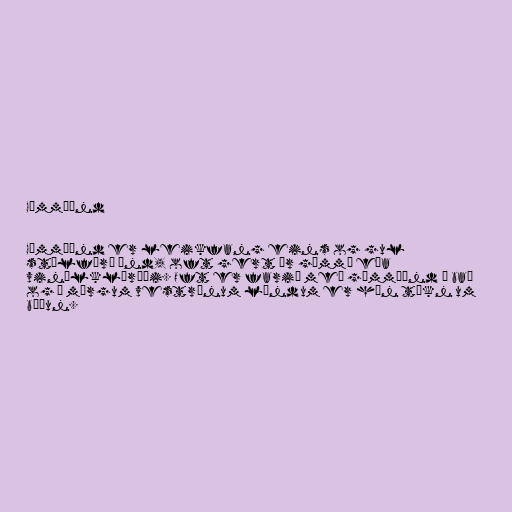
Gúmmíönd

Gúmmíönd er leikfang eins og gul
stílfærð önd, oft gert úr gúmmí eða
vinýlklóríði. Oft er farið með gúmmíönd í bað
og í mörgum vestrænum löndum er hún tákn um
böðun.